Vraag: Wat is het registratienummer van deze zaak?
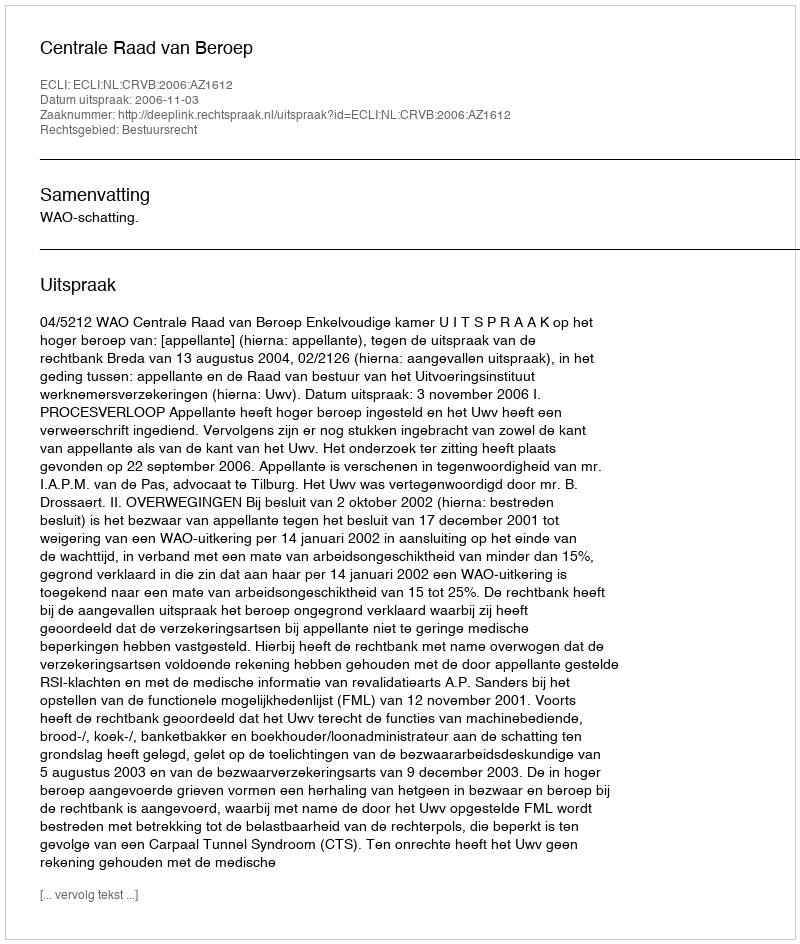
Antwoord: http://deeplink.rechtspraak.nl/uitspraak?id=ECLI:NL:CRVB:2006:AZ1612